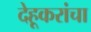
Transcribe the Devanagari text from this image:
देहूकरांचा